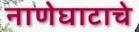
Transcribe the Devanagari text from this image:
नाणेघाटाचे